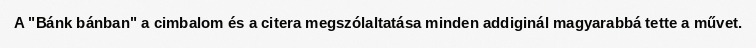
A "Bánk bánban" a cimbalom és a citera megszólaltatása minden addiginál magyarabbá tette a művet.